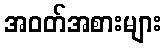
အဝတ်အစားများ